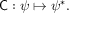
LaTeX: { \mathsf { C } } : \psi \mapsto \psi ^ { * } .